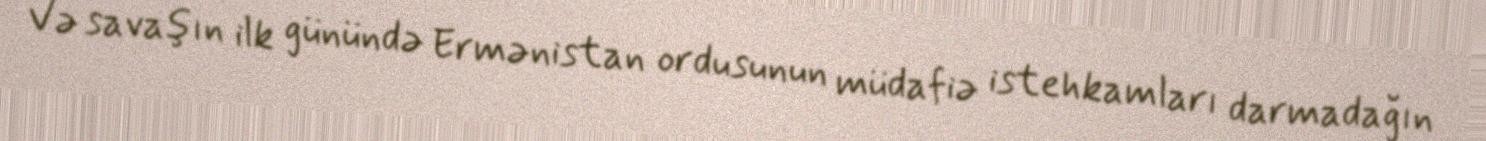
Və savaşın ilk günündə Ermənistan ordusunun müdafiə istehkamları darmadağın